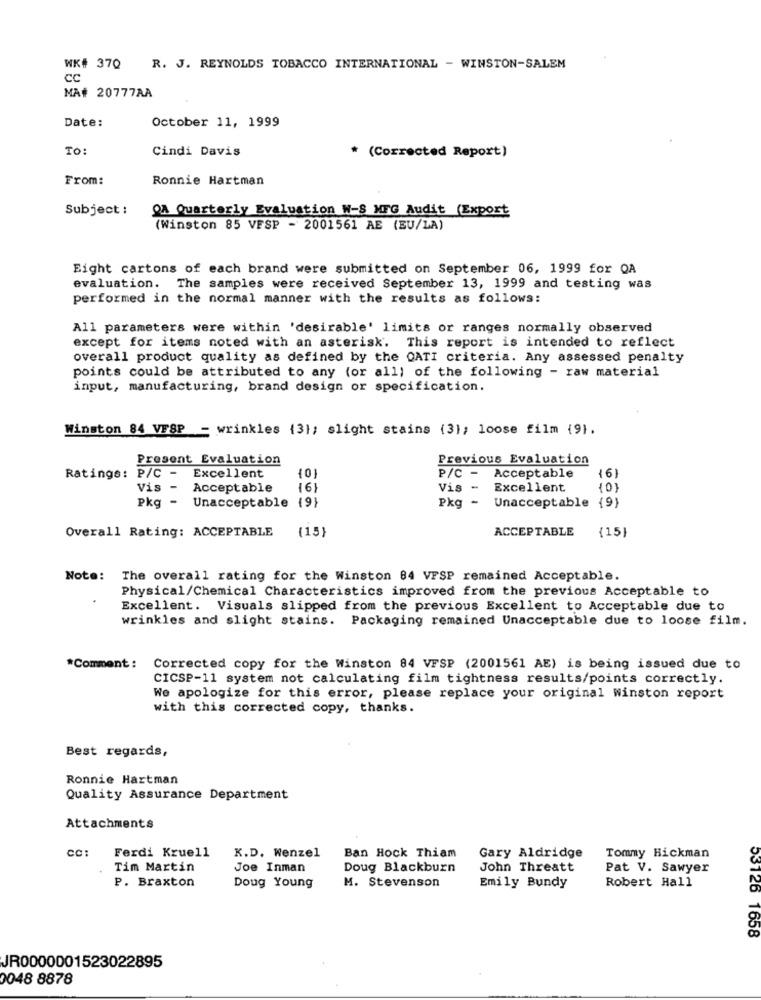
WK# 370 R. J. REYNOLDS TOBACCO INTERNATIONAL - WINSTON-SALEM
cc
MA# 20777AA
Date:
October 11, 1999
To:
Cindi Davis
* (Corrected Report)
From:
Ronnie Hartman
Subject :
OA Quarterly Evaluation W-S MFG Audit (Export
(Winston 85 VESP - 2001561 AE (EU/LA)
Eight cartons of each brand were submitted on September 06, 1999 for QA
evaluation. The samples were received September 13, 1999 and testing was
performed in the normal manner with the results as follows:
All parameters were within 'desirable' limits or ranges normally observed
except for items noted with an asterisk. This report is intended to reflect
overall product quality as defined by the CATI criteria. Any assessed penalty
points could be attributed to any (or all) of the following - raw material
input, manufacturing, brand design or specification.
Winston 84 VESP - wrinkles {31; slight stains (3); loose film (9).
Present Evaluation
Previous Evaluation
Excellent
P/C -
{6}
Ratinge: P/C -
Acceptable
Vis -
Acceptable
16}
Vis -
Excellent
10)
Pkg -
Unacceptable 19}
-
Unacceptable {9}
Pkg
Overall Rating: ACCEPTABLE
{15}
ACCEPTABLE
{15}
Note:
The overall rating for the Winston 84 VFSP remained Acceptable.
Physical/Chemical Characteristics improved from the previous Acceptable to
Excellent. Visuals slipped from the previous Excellent to Acceptable due to
wrinkles and slight stains. Packaging remained Unacceptable due to loose film.
*Comment: Corrected copy for the Winston 84 VFSP (2001561 AE) is being issued due to
CICSP-11 system not calculating film tightness results/points correctly.
We apologize for this error, please replace your original Winston report
with this corrected copy, thanks.
Best regards,
Ronnie Hartman
Quality Assurance Department
Attachments
Ferdi Kruell
CC
K.D. Wenzel
Ban Hock Thiam
Gary Aldridge
Tommy Hickman
Tim Martin
Joe Inman
Doug Blackburn
John Threatt
Pat V. Sawyer
Robert Hall
P. Braxton
Doug Young
M. Stevenson
Emily Bundy
53726 1658
JR0000001523022895
0048 8878